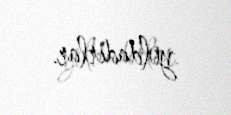
yoldadırlar.